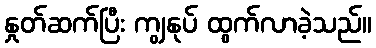
နှုတ်ဆက်ပြီး ကျွနုပ် ထွက်လာခဲ့သည်။